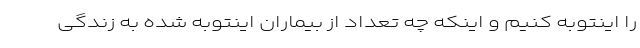
را اینتوبه کنیم و اینکه چه تعداد از بیماران اینتوبه ‌شده به زندگی